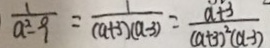
\frac { 1 } { a ^ { 2 } - 9 } = \frac { 1 } { ( a + 3 ) ( a - 3 ) } = \frac { a + 3 } { ( a + 3 ) ^ { 2 } ( a - 3 ) }